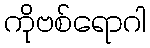
ကိုဗစ်ရောဂါ